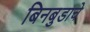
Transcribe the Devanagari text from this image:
बिनबुडाचे